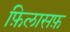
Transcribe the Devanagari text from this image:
फ़िलासफ़